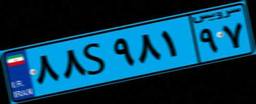
۱۳S۶۸۴۲۱